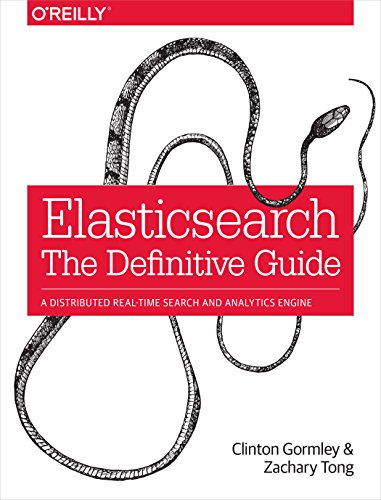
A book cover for Elasticsearch: The Definitive Guide; Clinton Gormley; Computers & Technology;